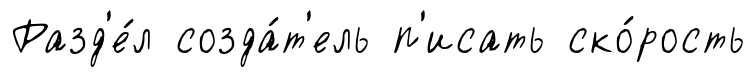
Разд'е́л созда́т'ель п'исать ско́рость